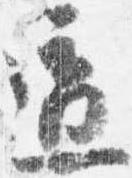
適